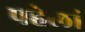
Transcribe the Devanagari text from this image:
पहेलां